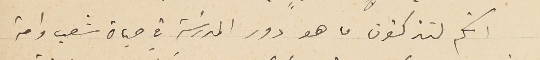
انكم لتذكون ما هو دور المدرسَة في حياة شعب وامة